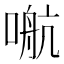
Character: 𰈙